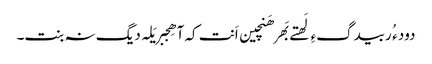
دود ء ُ ربیدگءِ لَھتے بَھر ھَنچین اَنت کہ آ ھِجبر یَلہ دیگ نہ بنت۔